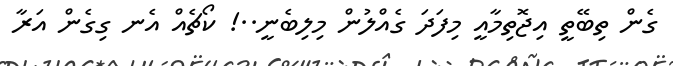
ގެން ތިބޭތީ އިޖޮތިމާއީ މިފަދަ ގެއްލުން މިލިބެނީ..! ކޯޗެއް އެނ ގިގެން އަރާ